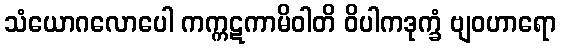
သံယောဂလောပေါ ကက္ကဋကာမိဝါတိ ဝိပါကဒုက္ခံ ဗျဝဟာရော